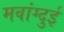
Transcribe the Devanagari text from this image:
मवांग्दुई